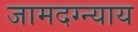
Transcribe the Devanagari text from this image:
जामदग्न्याय